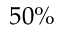
5 0 \%